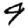
Digit: 9